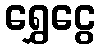
ရွှေငွေ